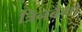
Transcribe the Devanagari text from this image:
त्रिनबैगो